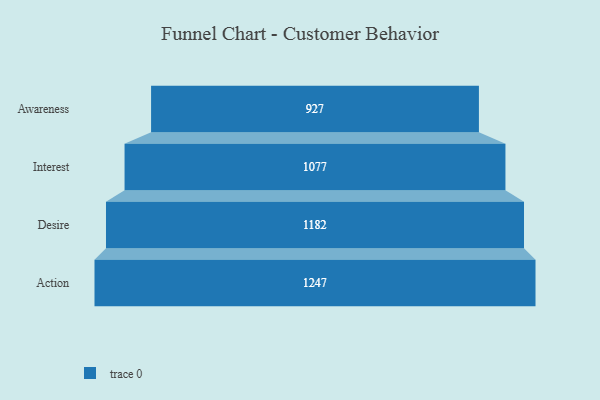
{"axis": {"x": "Stage", "y": "Value"}, "legend": [""], "data": [{"x": "Awareness", "y": 927.0, "type": ""}, {"x": "Interest", "y": 1077.0, "type": ""}, {"x": "Desire", "y": 1182.0, "type": ""}, {"x": "Action", "y": 1247.0, "type": ""}]}